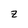
Character: z